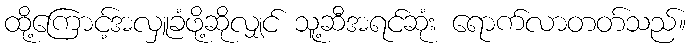
ထို့ကြောင့်အလှူခံဖို့ဆိုလျှင် သူ့ဆီအရင်ဆုံး ရောက်လာတတ်သည်။